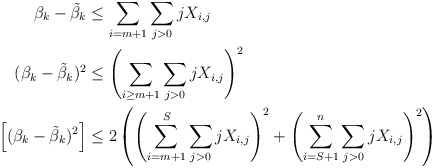
\begin{align*}\beta_k - \tilde{\beta}_k & \le \sum_{i = m+1} \sum_{ j > 0} j X_{i,j}\\(\beta_k - \tilde{\beta}_k)^2 & \le \left( \sum_{i \ge m+1} \sum_{ j > 0} j X_{i,j} \right)^2\\\left[ (\beta_k - \tilde{\beta}_k)^2 \right] & \le 2 \left( \left( \sum_{i= m+1}^S \sum_{ j >0} j X_{i,j} \right)^2 + \left( \sum_{i = S+1}^{n} \sum_{ j>0} j X_{i,j} \right)^2 \right) \\ \end{align*}